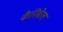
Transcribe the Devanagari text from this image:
कैनिबेल